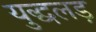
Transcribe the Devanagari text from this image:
युद्धलड़